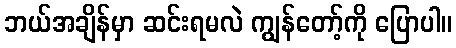
ဘယ်အချိန်မှာ ဆင်းရမလဲ ကျွန်တော့်ကို ပြောပါ။